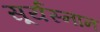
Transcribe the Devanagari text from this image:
सूर्यस्नान